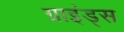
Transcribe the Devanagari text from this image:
ग्राइंड्स